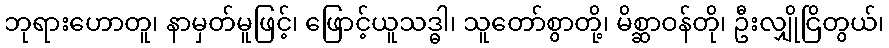
ဘုရားဟောတူ၊ နာမှတ်မူဖြင့်၊ ဖြောင့်ယူသဒ္ဓါ၊ သူတော်စွာတို့၊ မိစ္ဆာဝန်တို၊ ဦးလျှိုငြိတွယ်၊